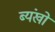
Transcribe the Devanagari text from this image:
ब्यंखो